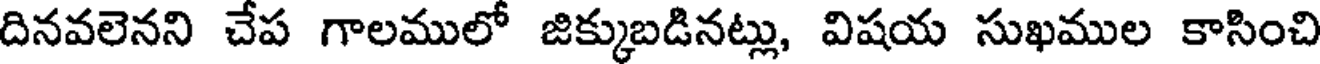
దినవలెనని చేప గాలములో జిక్కుబడినట్లు, విషయ సుఖముల కాసించి